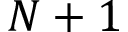
N + 1